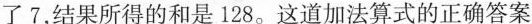
了7，结果所得的和是128。这道加法算式的正确答案